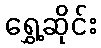
ရွှေ့ဆိုင်း